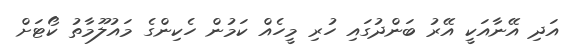
އަދި އޭނާއަކީ އޭރު ބަންދުގައި ހުރި މީހެއް ކަމުން ހެކިންގެ މައުލޫމާތު ކޯޓަށް